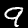
Digit: 9